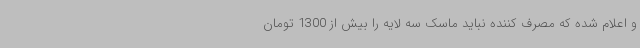
و اعلام شده که مصرف کننده نباید ماسک سه لایه را بیش از 1300 تومان